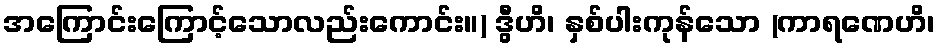
အကြောင်းကြောင့်သောလည်းကောင်း။) ဒွီဟိ၊ နှစ်ပါးကုန်သော (ကာရဏေဟိ၊